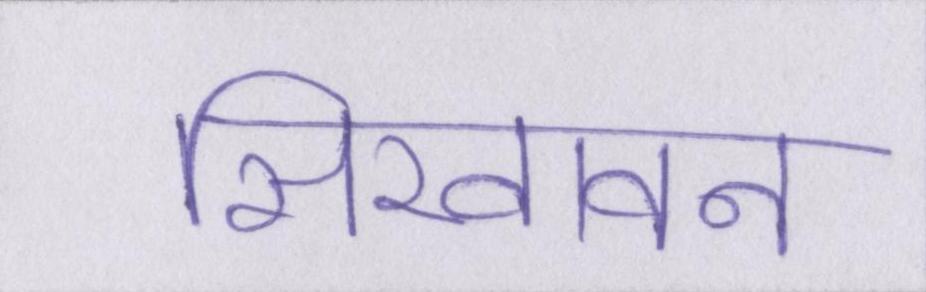
सिखावन